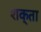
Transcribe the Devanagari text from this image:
शक्ता